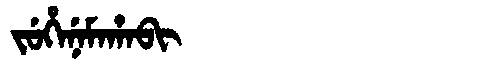
Manchu: ᠵᡠᡥᡝᠨᡝᠮᠠᡥᠠᠪᡳ
Romanization: JUHENEMAHABI